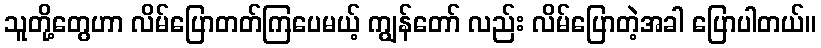
သူတို့တွေဟာ လိမ်ပြောတတ်ကြပေမယ့် ကျွန်တော် လည်း လိမ်ပြောတဲ့အခါ ပြောပါတယ်။